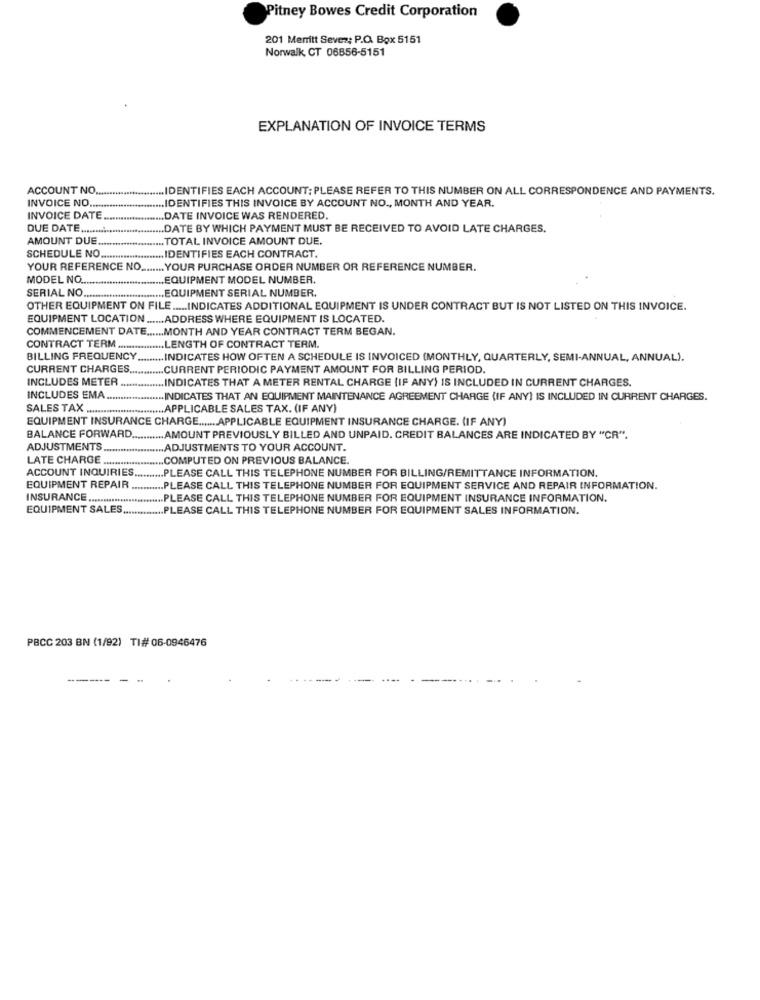
Pitney Bowes Credit Corporation
201 Merritt Sever: P.O. Box 5151
Norwalk, CT 06856-5151
EXPLANATION OF INVOICE TERMS
ACCOUNT NO
.... IDENTIFIES EACH ACCOUNT: PLEASE REFER TO THIS NUMBER ON ALL CORRESPONDENCE AND PAYMENTS.
INVOICE NO .......
.... IDENTIFIES THIS INVOICE BY ACCOUNT NO ., MONTH AND YEAR.
INVOICE DATE
.DATE INVOICE WAS RENDERED.
DUE DATE ..........
.DATE BY WHICH PAYMENT MUST BE RECEIVED TO AVOID LATE CHARGES.
AMOUNT DUE ....
.... TOTAL INVOICE AMOUNT DUE.
SCHEDULE NO ..
....... IDENTIFIES EACH CONTRACT.
YOUR REFERENCE NO.
...... YOUR PURCHASE ORDER NUMBER OR REFERENCE NUMBER.
MODEL NO ....
EQUIPMENT MODEL NUMBER.
SERIAL NO.
....... EQUIPMENT SERIAL NUMBER.
OTHER EQUIPMENT ON FILE ..... INDICATES ADDITIONAL EQUIPMENT IS UNDER CONTRACT BUT IS NOT LISTED ON THIS INVOICE.
EQUIPMENT LOCATION ...... ADDRESS WHERE EQUIPMENT IS LOCATED.
COMMENCEMENT DATE ...... MONTH AND YEAR CONTRACT TERM BEGAN.
CONTRACT TERM ........
....... LENGTH OF CONTRACT TERM.
BILLING FREQUENCY
.. INDICATES HOW OFTEN A SCHEDULE IS INVOICED (MONTHLY, QUARTERLY, SEMI-ANNUAL, ANNUAL).
CURRENT CHARGES
CURRENT PERIODIC PAYMENT AMOUNT FOR BILLING PERIOD.
INCLUDES METER .
INDICATES THAT A METER RENTAL CHARGE (IF ANY) IS INCLUDED IN CURRENT CHARGES.
INCLUDES EMA.
INDICATES THAT AN EQUIPMENT MAINTENANCE AGREEMENT CHARGE (IF ANY) IS INCLUDED IN CURRENT CHARGES.
SALES TAX ........................... APPLICABLE SALES TAX. (IF ANY)
EQUIPMENT INSURANCE CHARGE ....... APPLICABLE EQUIPMENT INSURANCE CHARGE. (IF ANY)
BALANCE FORWARD.
...... AMOUNT PREVIOUSLY BILLED AND UNPAID. CREDIT BALANCES ARE INDICATED BY "CR".
ADJUSTMENTS
.ADJUSTMENTS TO YOUR ACCOUNT.
LATE CHARGE
COMPUTED ON PREVIOUS BALANCE.
ACCOUNT INQUIRIES
.. PLEASE CALL THIS TELEPHONE NUMBER FOR BILLING/REMITTANCE INFORMATION.
EQUIPMENT REPAIR
.. PLEASE CALL THIS TELEPHONE NUMBER FOR EQUIPMENT SERVICE AND REPAIR INFORMATION.
INSURANCE .............
PLEASE CALL THIS TELEPHONE NUMBER FOR EQUIPMENT INSURANCE INFORMATION.
EQUIPMENT SALES
... PLEASE CALL THIS TELEPHONE NUMBER FOR EQUIPMENT SALES INFORMATION.
PBCC 203 BN (1/92) TI#06-0946476
---